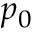
p _ { 0 }